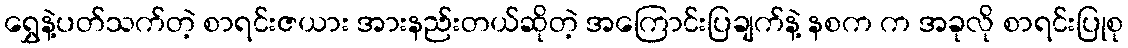
ရွှေနဲ့ပတ်သက်တဲ့ စာရင်းဇယား အားနည်းတယ်ဆိုတဲ့ အကြောင်းပြချက်နဲ့ နစက က အခုလို စာရင်းပြုစု